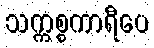
သက္ကစ္စကာရီပေ